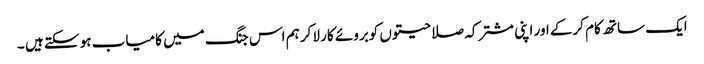
ایک ساتھ کام کرکے اور اپنی مشترکہ صلاحیتوں کوبروئے کار لاکر ہم اس جنگ میں کامیاب ہو سکتے ہیں ۔